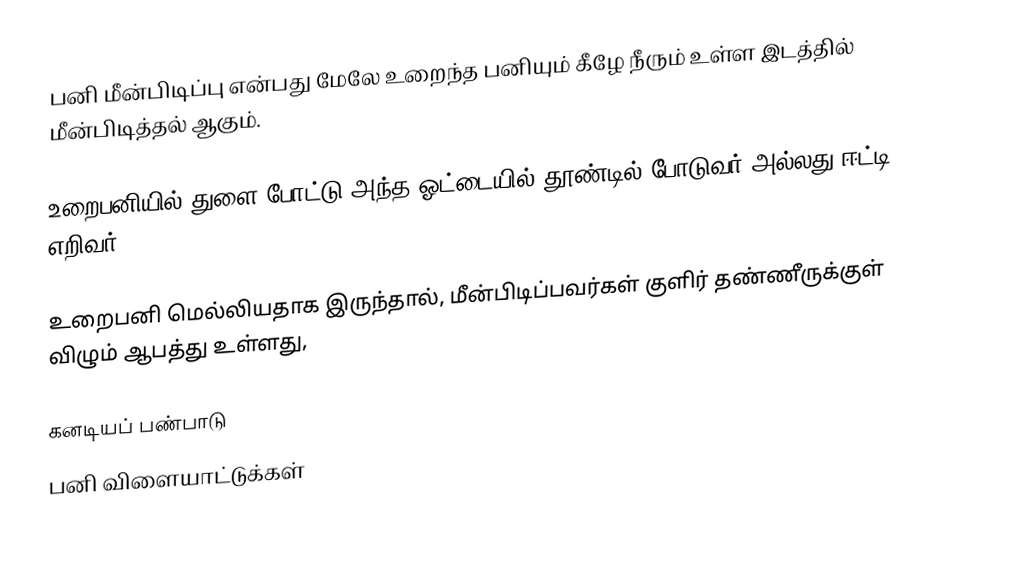
பனி மீன்பிடிப்பு என்பது மேலே உறைந்த பனியும் கீழே நீரும் உள்ள இடத்தில் மீன்பிடித்தல் ஆகும்.

உறைபனியில் துளை போட்டு அந்த ஓட்டையில் தூண்டில் போடுவர் அல்லது ஈட்டி எறிவர்.

உறைபனி மெல்லியதாக இருந்தால், மீன்பிடிப்பவர்கள் குளிர் தண்ணீருக்குள் விழும் ஆபத்து உள்ளது,

கனடியப் பண்பாடு
பனி விளையாட்டுக்கள்